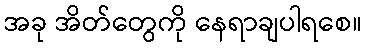
အခု အိတ်တွေကို နေရာချပါရစေ။